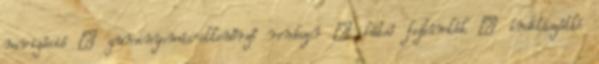
navigáció – guminyomás-ellenőrző rendszer – hátsó fejtámlák – indításgátló